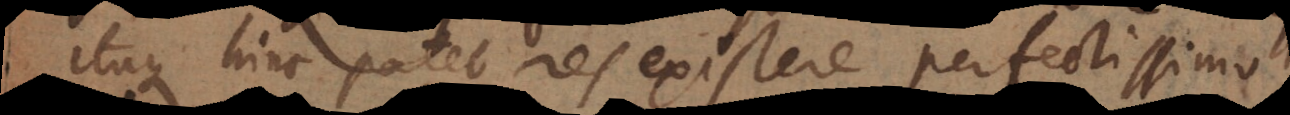
Itaque hinc patet res existere perfectissimo